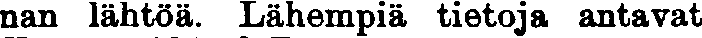
nan lähtöä. Lähempiä tietoja antavat